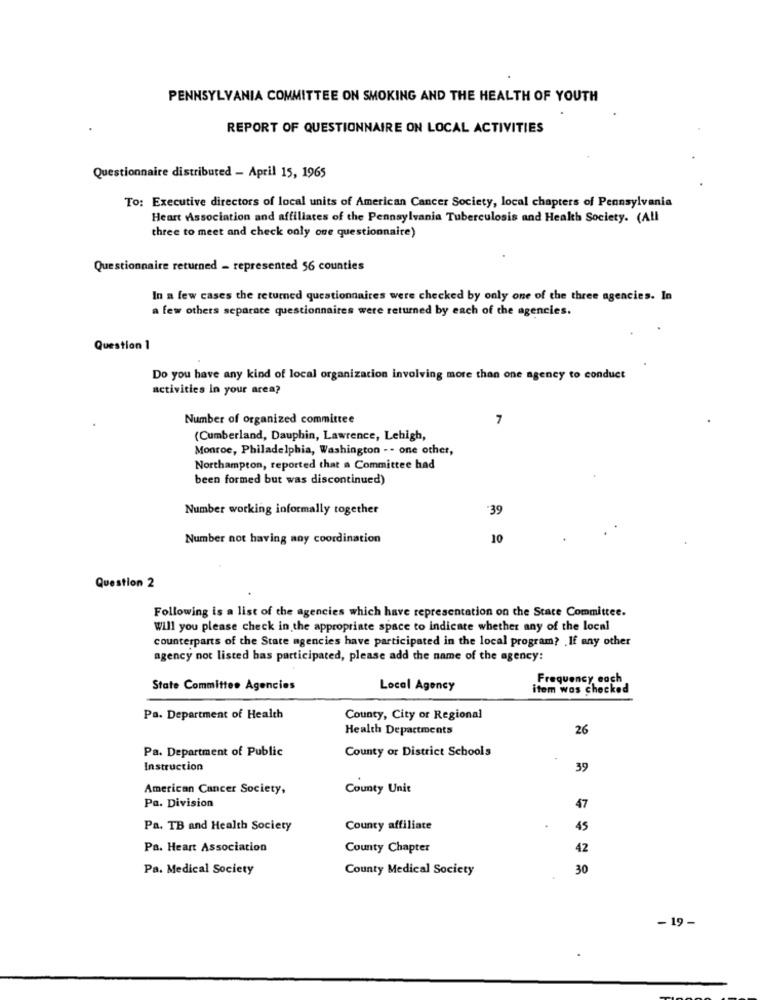
PENNSYLVANIA COMMITTEE ON SMOKING AND THE HEALTH OF YOUTH
REPORT OF QUESTIONNAIRE ON LOCAL ACTIVITIES
Questionnaire distributed - April 15, 1965
To: Executive directors of local units of American Cancer Society, local chapters of Pennsylvania
Heart Association and affiliates of the Pennsylvania Tuberculosis and Health Society. (All
three to meet and check only one questionnaire)
Questionnaire returned - represented 56 counties
In a few cases the returned questionnaires were checked by only one of the three agencies. In
a few others separate questionnaires were returned by each of the agencies.
Question 1
Do you have any kind of local organization involving more than one agency to conduct
activities in your area?
Number of organized committee
7
(Cumberland, Dauphin, Lawrence, Lehigh,
Monroe, Philadelphia, Washington -- one other,
Northampton, reported that a Committee had
been formed but was discontinued)
Number working informally together
39
Number not having any coordination
10
Question 2
Following is a list of the agencies which have representation on the State Committee.
Will you please check in the appropriate space to indicate whether any of the local
counterparts of the State agencies have participated in the local program? . If any other
agency not listed bas participated, please add the name of the agency:
Frequency each
State Committee Agencies
Local Agency
item was checked
Pa. Department of Health
County, City or Regional
Health Departments
26
Pa. Department of Public
County or District Schools
Instruction
39
American Cancer Society,
County Unit
Pa. Division
47
Pa. TB and Health Society
County affiliate
45
Pa. Heart Association
County Chapter
42
Pa. Medical Society
County Medical Society
30
-19 -